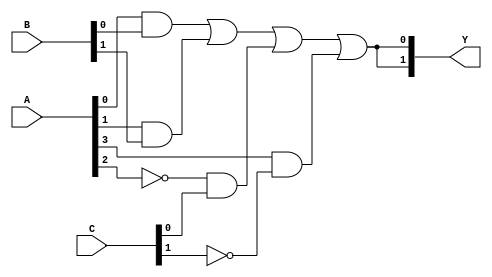
module GAL (
    input wire [N-1:0] A,      // Inputs (N inputs)
    input wire [M-1:0] B,      // Additional Inputs (M inputs)
    input wire [P-1:0] C,      // Feedback inputs (optional)
    output wire [O-1:0] Y      // Outputs (O outputs)
);

// Parameters for defining the sizes of the arrays
parameter N = 4;             // Number of inputs
parameter M = 2;             // Number of additional inputs
parameter P = 2;             // Number of feedback inputs
parameter O = 2;             // Number of outputs

// Programmable AND Array
wire [NUM_AND-1:0] and_out;  // Outputs of the AND gates
parameter NUM_AND = 8;        // Number of AND gates

// Define product terms based on the inputs
generate
    genvar i;
    for (i = 0; i < NUM_AND; i = i + 1) begin: and_array
        assign and_out[i] = (A[0] & B[0]) | (A[1] & B[1]) | (~A[2] & C[0]) | (A[3] & ~C[1]); // Example configurations
    end
endgenerate

// Programmable OR Array
wire [O-1:0] or_out;         // Outputs of the OR gates

generate
    genvar j;
    for (j = 0; j < O; j = j + 1) begin: or_array
        assign or_out[j] = and_out[j] | and_out[j+1]; // Example OR configurations
    end
endgenerate

// Final outputs
assign Y = or_out;

endmodule